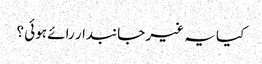
کیا یہ غیر جانبدار رائے ہوئی ؟